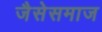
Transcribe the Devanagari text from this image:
जैसेसमाज